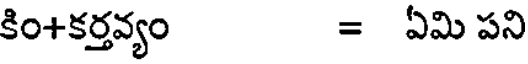
కిం+కర్తవ్యం = ఏమి పని